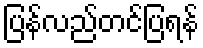
ပြန်လည်တင်ပြရန်